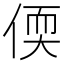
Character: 偄